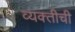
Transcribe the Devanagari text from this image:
व्‍यक्‍तीची